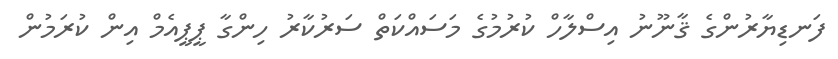
ފަނޑިޔާރުންގެ ޤާނޫނު އިސްލާހް ކުރުމުގެ މަސައްކަތް ސަރުކާރު ހިންގާ ޕީޕީއެމް އިން ކުރަމުން